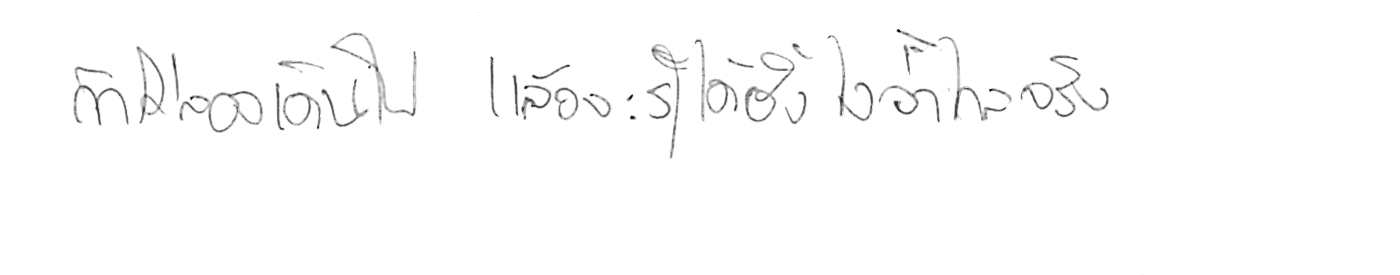
ถ้าไม่ลองเดินไป แล้วจะรู้ได้ยังไงว่าไกลจริง